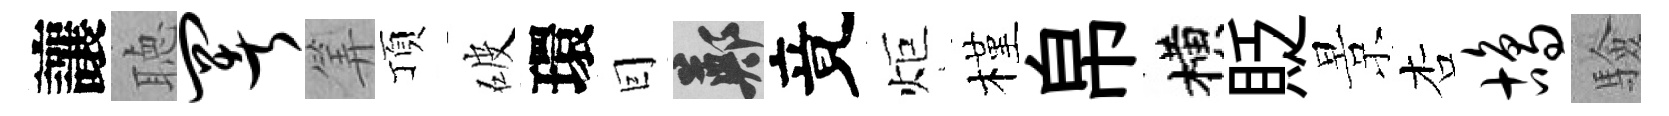
讓聴署筭頂破環囙鄭竟炬槿帛横貶景杏鸪驗